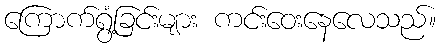
ကြောက်ရွံ့ခြင်းများ ကင်းဝေးနေလေသည်။